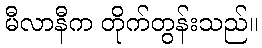
မီလာနီက တိုက်တွန်းသည်။